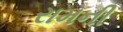
રામની